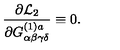
\frac { \partial { \cal L } _ { 2 } } { \partial G _ { \alpha \beta \gamma \delta } ^ { ( 1 ) a } } \equiv 0 .